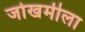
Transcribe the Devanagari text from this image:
जोखमीला